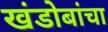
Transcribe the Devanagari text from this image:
खंडोबांचा